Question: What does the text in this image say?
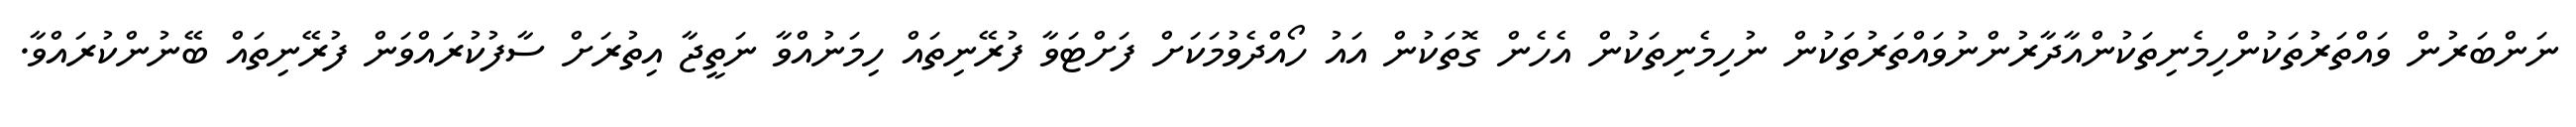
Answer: ނަންބަރުން ވައްތަރުތަކުންހިމެނިތަކުންއާދާރުންނުވައްތަރުތަކުން ނުހިމެނިތަކުން އެހެން ގޮތަކުން އައު ހޯއްދެވުމަކަށް ފަށްޓަވާ ފުރޭނިތައް ހިމަނުއްވާ ނަތީޖާ އިތުރަށް ސާފުކުރައްވަން ފުރޭނިތައް ބޭނުންކުރައްވާ.